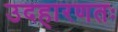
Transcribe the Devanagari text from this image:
उदहारणतः